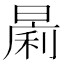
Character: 𱢟